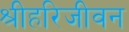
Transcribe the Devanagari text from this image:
श्रीहरिजीवन